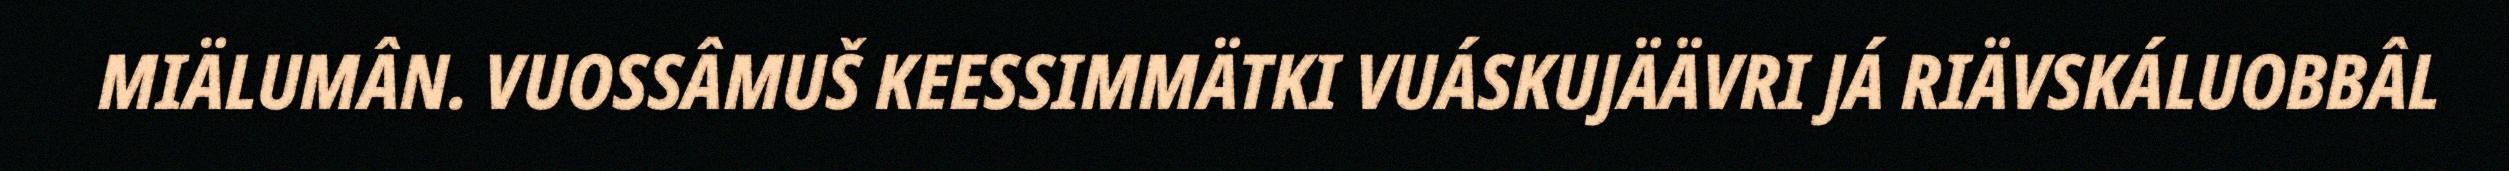
MIÄLUMÂN. VUOSSÂMUŠ KEESSIMMÄTKI VUÁSKUJÄÄVRI JÁ RIÄVSKÁLUOBBÂL